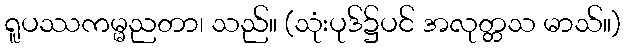
ရူပဿကမ္မညတာ၊ သည်။ (သုံးပုဒ်၌ပင် အလုတ္တသ မာသ်။)